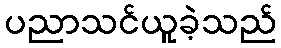
ပညာသင်ယူခဲ့သည်